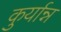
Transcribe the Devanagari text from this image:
कुर्यान्न